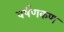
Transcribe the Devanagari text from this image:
वर्षणकण